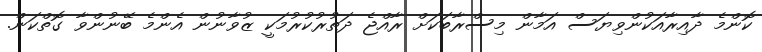
ކޮންމެ ދާއިރާއަކުންވިޔަސް އަމާން މިސްރާބަކަށް ރާއްޖެ ދަތުރުކުރުމަކީ ޒުވާނުން އެންމެ ބޭނުންވާ ގޮތްކަން.